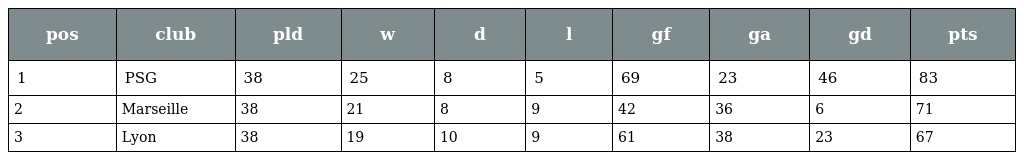
| pos | club | pld | w | d | l | gf | ga | gd | pts |
 | --- | --- | --- | --- | --- | --- | --- | --- | --- | --- |
 | 1 | PSG | 38 | 25 | 8 | 5 | 69 | 23 | 46 | 83 |
 | 2 | Marseille | 38 | 21 | 8 | 9 | 42 | 36 | 6 | 71 |
 | 3 | Lyon | 38 | 19 | 10 | 9 | 61 | 38 | 23 | 67 |